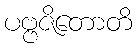
ပဗ္ဗဇိတောတိ